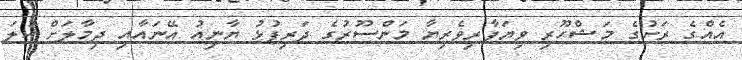
އެއްގެ ރަށުގެ މަޝްހޫރި ވިޔަފާރިވެރިޔާ މަންސޫރުގެ ދަރިފުޅު ޔާނިއު އޭނައާއި ދިމާލަށް ކުލަ